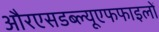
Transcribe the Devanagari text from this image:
औरएसडब्ल्यूएफफाइलों